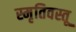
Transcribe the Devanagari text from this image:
स्मृतिवस्तू